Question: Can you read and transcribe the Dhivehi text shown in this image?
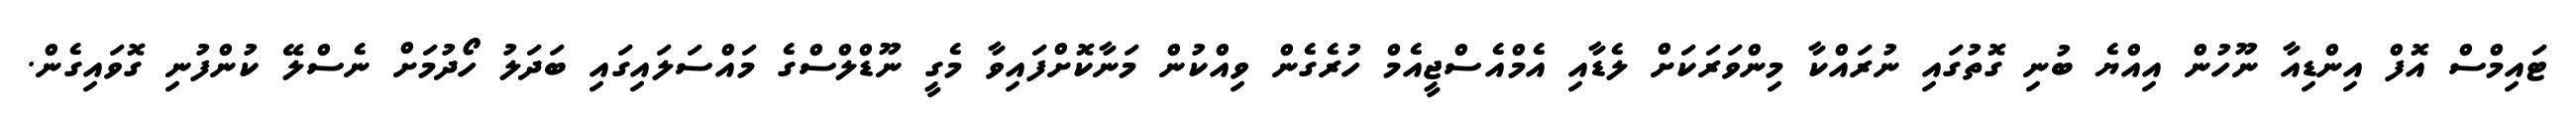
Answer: ޓައިމްސް އޮފް އިންޑިއާ ނޫހުން އިއްޔެ ބުނި ގޮތުގައި ނުރައްކާ މިންވަރަކަށް ލެޑާއި އެމްއެސްޖީއެމް ހުރެގެން ވިއްކުން މަނާކޮށްފައިވާ މެގީ ނޫޑްލްސްގެ މައްސަލައިގައި ބަދަލު ހޯދުމަށް ނެސްލޭ ކުންފުނި ގޮވައިގެން.